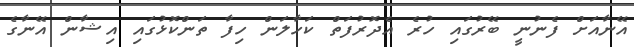
އޭނާއަށް ފެނުނީ ބޭރުގައި ހުރެ އެދޮރުފަތް ކަހާލަން ހިފާ ތަންކޮޅުގައި އިޝާން އޭނާގެ